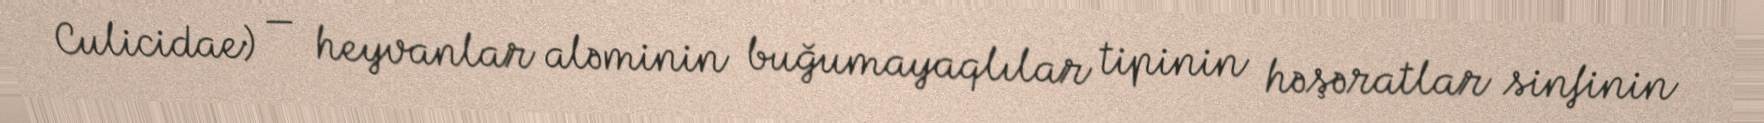
Culicidae) — heyvanlar aləminin buğumayaqlılar tipinin həşəratlar sinfinin